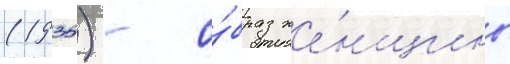
(1935) - о́браз же́нщины